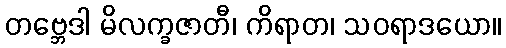
တဗ္ဘေဒါ မိလက္ခဇာတီ၊ ကိရာတ၊ သဝရာဒယော။